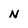
Character: N